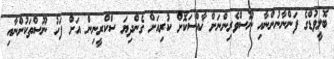
ބޮލީވުޑްގެ ފަންނާނުންނާއި ނޫސްވެރިންނަށް ޚާއްސަކޮށް ކުރިއަށް ގެންދިޔަ ސްކްރީނިން އަށް ފަހު ނޫސްތަކުންނާއި